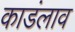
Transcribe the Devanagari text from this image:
काडंलाव